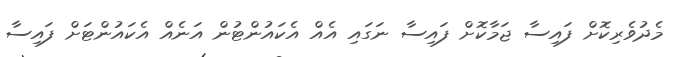
މެދުވެރިކޮށް ފައިސާ ޖަމާކޮށް ފައިސާ ނަގައި އެއް އެކައުންޓުން އަނެއް އެކައުންޓަށް ފައިސާ